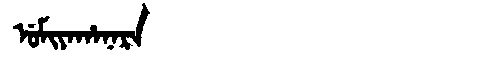
Manchu: ᡠᠮᡳᠶᠠᡥᠠᠨᠠᡵᠠ
Romanization: UMIYAHANARA